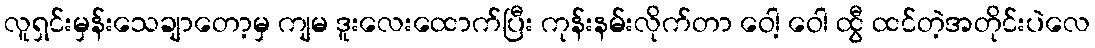
လူရှင်းမှန်းသေချာတော့မှ ကျမ ဒူးလေးထောက်ပြီး ကုန်းနမ်းလိုက်တာ ဝေါ့ ဝေါ ထွီ ထင်တဲ့အတိုင်းပဲလေ